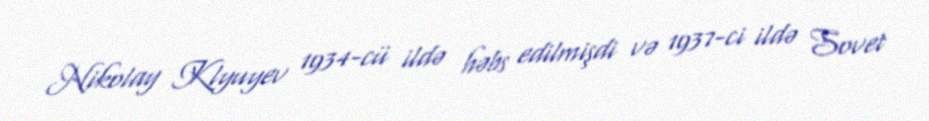
Nikolay Klyuyev 1934-cü ildə həbs edilmişdi və 1937-ci ildə Sovet